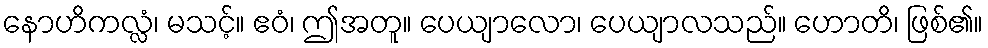
နောဟိကလ္လံ၊ မသင့်။ ဧဝံ၊ ဤအတူ။ ပေယျာလော၊ ပေယျာလသည်။ ဟောတိ၊ ဖြစ်၏။